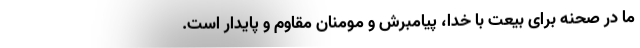
ما در صحنه برای بیعت با خدا، پیامبرش و مومنان مقاوم و پایدار است.